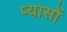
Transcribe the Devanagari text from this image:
प्यासों